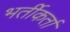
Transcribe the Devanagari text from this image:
भर्तीकर्ता